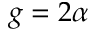
g = 2 \alpha